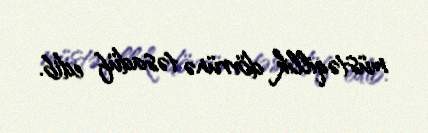
müstəqillik dövrünə təsadüf edib.